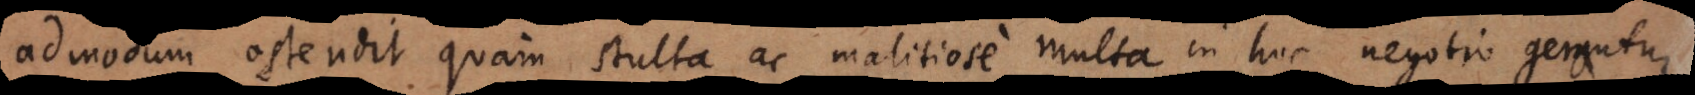
admodum ostendit quam stulta ac malitiose multa in hoc negotio gerantur.